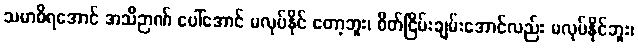
သမာဓိရအောင် အသိဉာဏ် ပေါ်အောင် မလုပ်နိုင် တော့ဘူး၊ စိတ်ငြိမ်းချမ်းအောင်လည်း မလုပ်နိုင်ဘူး၊